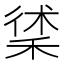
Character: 𥟲